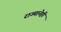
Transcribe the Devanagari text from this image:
राज्यानेही